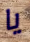
يا